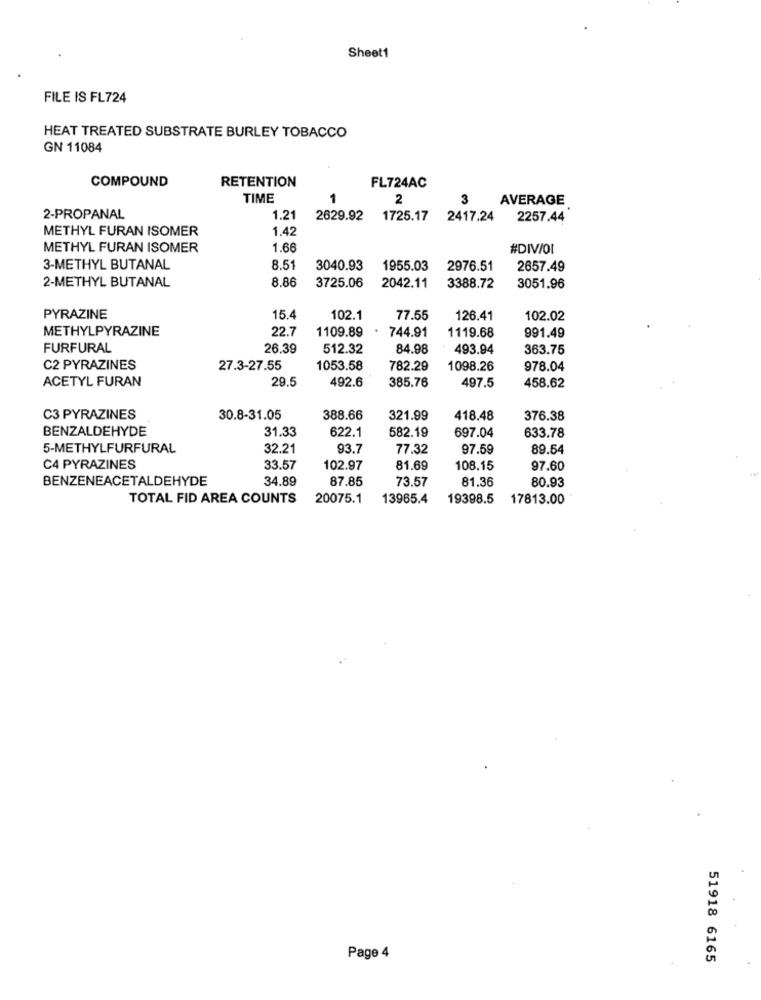
Sheet1
FILE IS FL724
HEAT TREATED SUBSTRATE BURLEY TOBACCO
GN 11084
COMPOUND
RETENTION
FL724AC
TIME
1
2
3
AVERAGE
2-PROPANAL
1.21
2629.92
1725.17
2417.24
2257.44
METHYL FURAN ISOMER
1.42
METHYL FURAN ISOMER
1.66
#DIV/OI
3-METHYL BUTANAL
8.51
3040.93
1955.03
2976.51
2657.49
2-METHYL BUTANAL
8.86
3725.06
2042.11
3388.72
3051.96
PYRAZINE
15.4
102.1
77.55
126.41
102.02
METHYLPYRAZINE
22.7
1119.68
991.49
1109.89
744.91
FURFURAL
26.39
512.32
84.98
493.94
363.75
C2 PYRAZINES
27.3-27.55
1053.58
782.29
1098.26
978.04
ACETYL FURAN
29.5
492.6
385.76
458.62
497.5
C3 PYRAZINES
30.8-31.05
388.66
321.99
418.48
376.38
BENZALDEHYDE
31.33
622.1
582.19
697.04
633.78
5-METHYLFURFURAL
32.21
93.7
77.32
97.59
89.54
C4 PYRAZINES
33.57
102.97
81.69
108.15
97.60
BENZENEACETALDEHYDE
34.89
87.85
73.57
81.36
80.93
TOTAL FID AREA COUNTS
20075.1
13965.4
19398.5
17813.00
Page 4
51918 6165